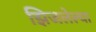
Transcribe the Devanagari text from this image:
झिजलेल्या